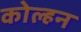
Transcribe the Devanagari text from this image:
कोल्हन